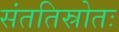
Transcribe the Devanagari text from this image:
संततिस्रोतः